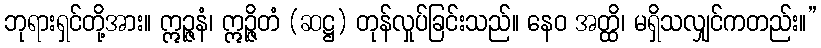
ဘုရားရှင်တို့အား။ ဣဉ္ဇနံ၊ ဣဉ္ဇိတံ (ဆဋ္ဌ) တုန်လှုပ်ခြင်းသည်။ နေဝ အတ္ထိ၊ မရှိသလျှင်ကတည်း။”